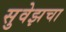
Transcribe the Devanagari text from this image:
सुवेझचा